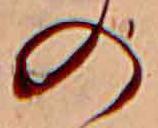
の